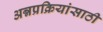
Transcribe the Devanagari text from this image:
अन्नप्रक्रियांसाठी